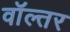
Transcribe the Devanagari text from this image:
वॉल्तर